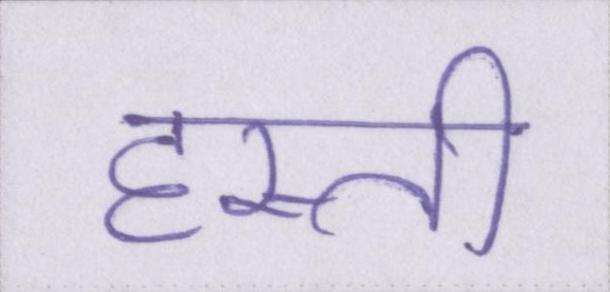
हस्ती